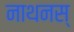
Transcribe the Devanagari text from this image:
नाथनस्